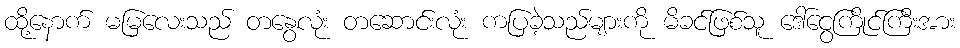
ထို့နောက် မမြလေးသည် တနွေလုံး တဆောင်းလုံး ကပြခဲ့သည်များကို မိခင်ဖြစ်သူ ဒေါ်ငွေကြိုင်ကြီးအား